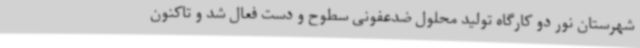
شهرستان نور دو کارگاه تولید محلول ضدعفونی سطوح و دست فعال شد و تاکنون